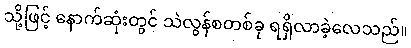
သို့ဖြင့် နောက်ဆုံးတွင် သဲလွန်စတစ်ခု ရရှိလာခဲ့လေသည်။